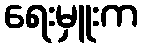
ရေးမှူးက